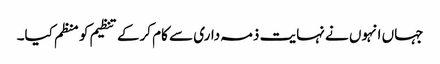
جہاں انہوں نے نہایت ذمہ داری سے کام کرکے تنظیم کو منظم کیا۔